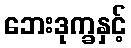
ဘေးဒုက္ခနှင့်